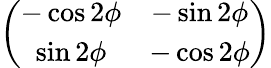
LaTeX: \left(\begin{array}{cc}{{-\cos 2\phi}}&{{-\sin 2\phi}}\\ {{\sin 2\phi}}&{{-\cos 2\phi}}\end{array}\right)